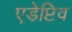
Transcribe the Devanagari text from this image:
एडेप्टिव